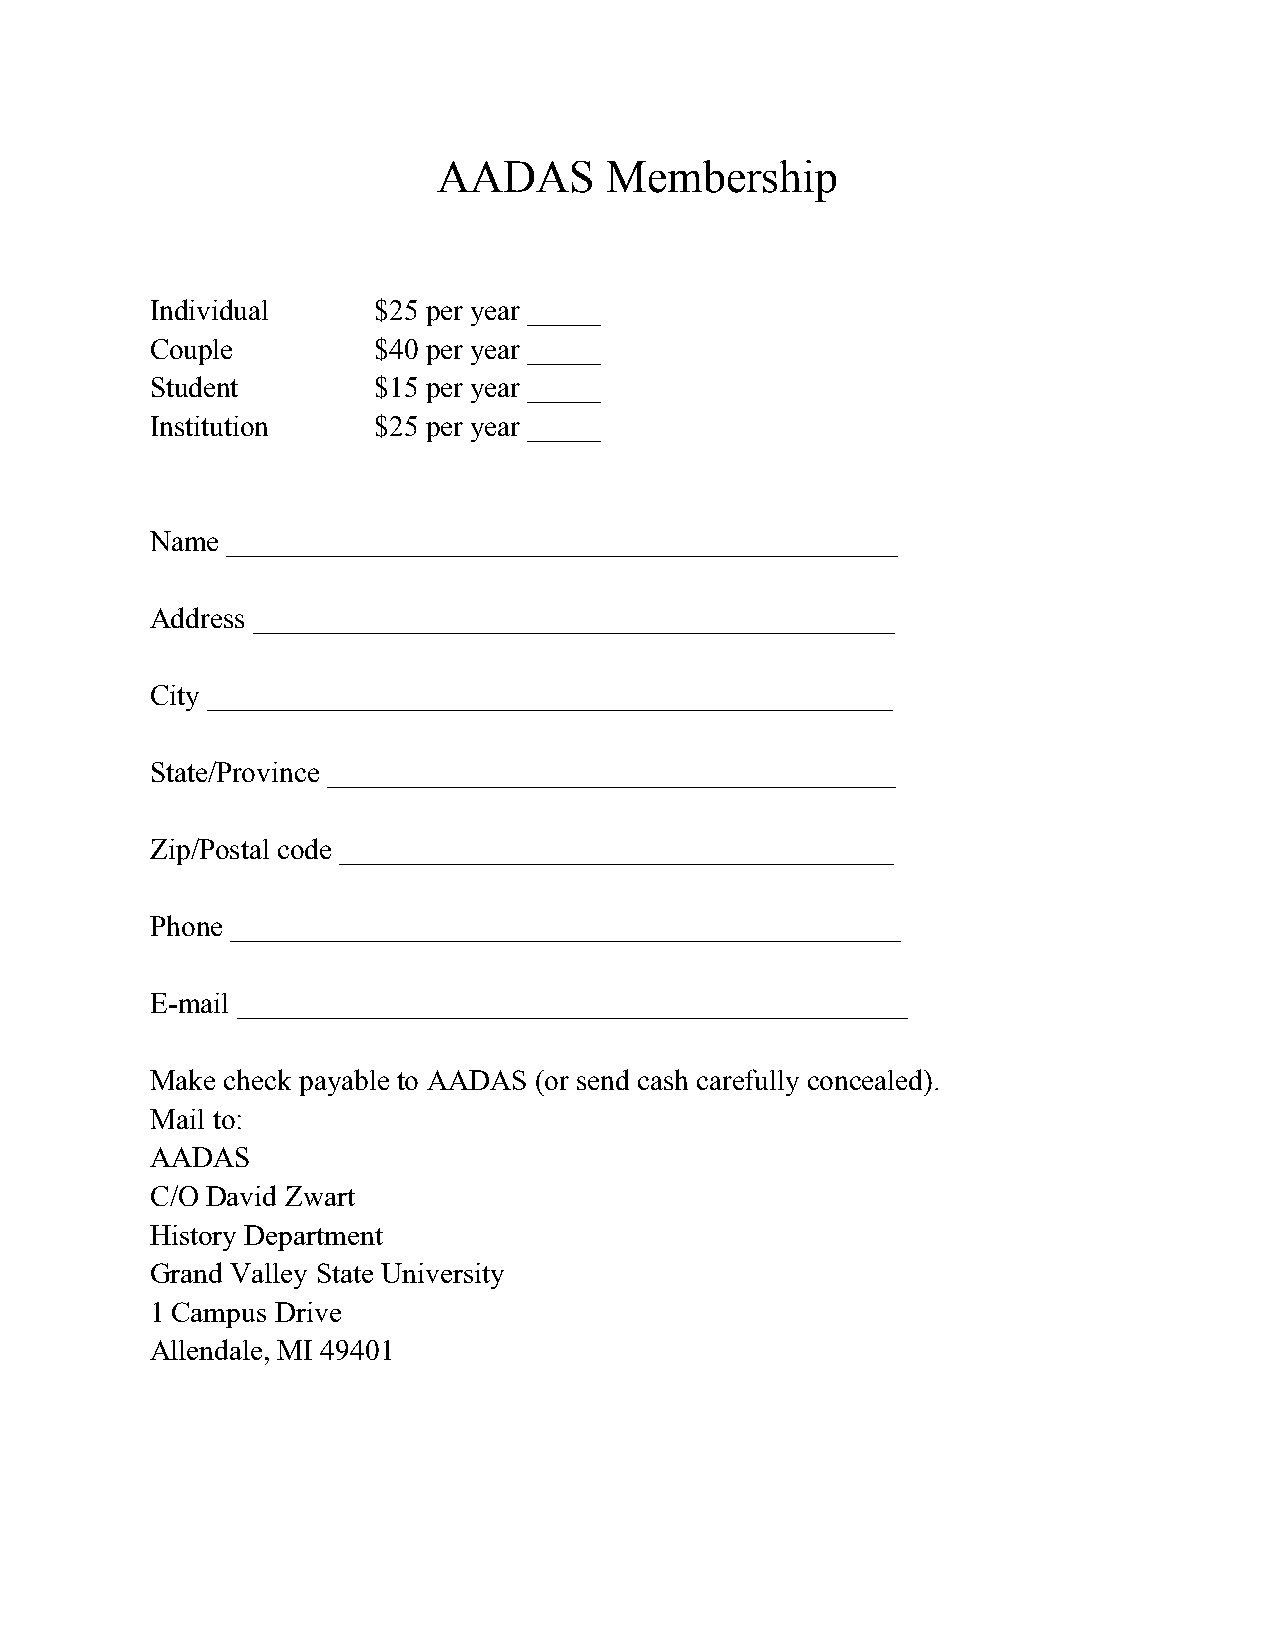
AADAS      Membership
 Individual     $25 per year _____
 Couple         $40 per year _____
 Student        $15 per year _____
 Institution    $25 per year _____
 Name ______________________________________________
 Address ____________________________________________
 City _______________________________________________
 State/Province _______________________________________
 Zip/Postal code ______________________________________
 Phone ______________________________________________
 E-mail ______________________________________________
 Make check payable to AADAS (or send cash carefully concealed).
 Mail to:
 AADAS
 C/O David Zwart
 History Department
 Grand Valley State University
 1 Campus Drive
 Allendale, MI 49401